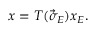
x = T ( \vec { \sigma } _ { E } ) x _ { E } .